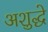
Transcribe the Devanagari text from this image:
अशुद्धे